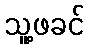
သူ့ဖခင်